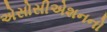
એસોસીએશનનો